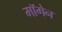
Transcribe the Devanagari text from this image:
मॉगेन